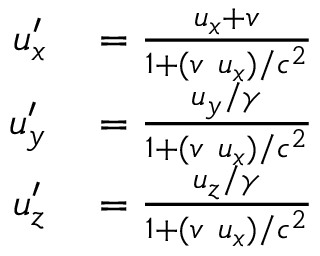
\begin{array} { r l } { u _ { x } ^ { \prime } } & { { } = { \frac { u _ { x } + v } { 1 + ( v \ u _ { x } ) / c ^ { 2 } } } } \\ { u _ { y } ^ { \prime } } & { { } = { \frac { u _ { y } / \gamma } { 1 + ( v \ u _ { x } ) / c ^ { 2 } } } } \\ { u _ { z } ^ { \prime } } & { { } = { \frac { u _ { z } / \gamma } { 1 + ( v \ u _ { x } ) / c ^ { 2 } } } } \end{array}